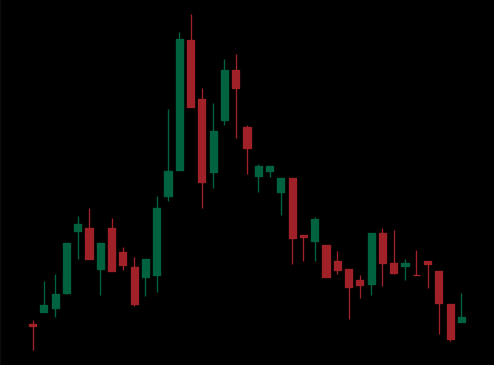
Pattern: head_shoulders